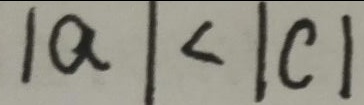
\vert a \vert < \vert c \vert